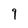
Character: 9